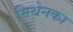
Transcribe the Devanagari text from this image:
मिथेनका